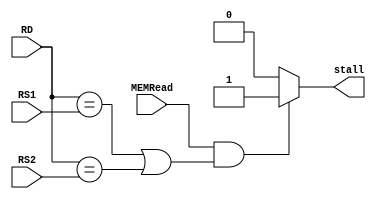
//lw  Forwaridng Unit     1clk stall .
// lw  MEMRead signal 1    stall  

module HAZARD_DETECTION
(
    input           MEMRead         ,           //from EX stage MEMRead
    input   [4:0]   RD              ,           //from EX stage RD
    input   [4:0]   RS1             ,           //from ID stage RS1
    input   [4:0]   RS2             ,           //from ID stage RS2

    output          stall                            
);

    reg             stall_r;
    always @ (*) 
    begin
        stall_r = 1'b0;
        
        //lw   &&  RS1  RS2   RD   stall 
        if ((MEMRead == 1'b1) && {(RD == RS1) || (RD == RS2)}) begin
            stall_r = 1'b1;
        end 
    end

    assign stall = stall_r;

endmodule